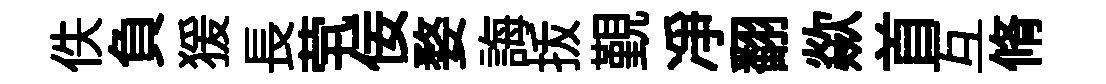
佚負猨長茕佞婺誨㧞覲凈翻歘首互脩